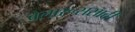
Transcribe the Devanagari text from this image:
बेलारूससाठी